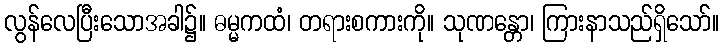
လွန်လေပြီးသောအခါ၌။ ဓမ္မကထံ၊ တရားစကားကို။ သုဏန္တော၊ ကြားနာသည်ရှိသော်။